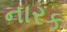
નારક